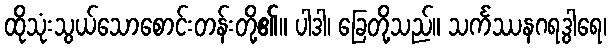
ထိုသုံးသွယ်သောစောင်းတန်းတို့၏။ ပါဒါ၊ ခြေတို့သည်။ သင်္ကဿနဂရဒွါရေ၊